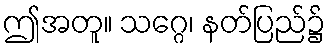
ဤအတူ။ သဂ္ဂေ၊ နတ်ပြည်၌